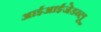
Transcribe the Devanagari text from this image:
आईआईजेडब्लू